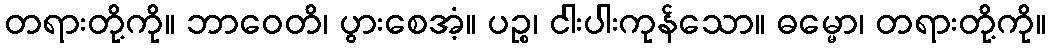
တရားတို့ကို။ ဘာဝေတိ၊ ပွားစေအံ့။ ပဉ္စ၊ ငါးပါးကုန်သော။ ဓမ္မော၊ တရားတို့ကို။